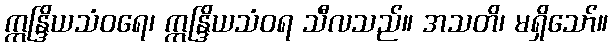
ဣန္ဒြိယသံဝရေ၊ ဣန္ဒြိယသံဝရ သီလသည်။ အသတိ၊ မရှိသော်။